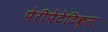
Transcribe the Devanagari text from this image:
पेरीपेटेटिक्स